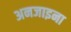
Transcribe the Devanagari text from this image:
अनजाइना